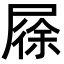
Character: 𡲰